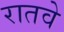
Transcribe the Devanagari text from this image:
रातवे